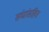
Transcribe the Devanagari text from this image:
संघांसहित